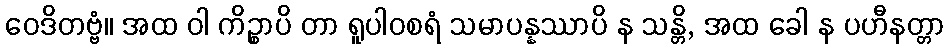
ဝေဒိတဗ္ဗံ။ အထ ဝါ ကိဉ္စာပိ တာ ရူပါဝစရံ သမာပန္နဿာပိ န သန္တိ, အထ ခေါ န ပဟီနတ္တာ